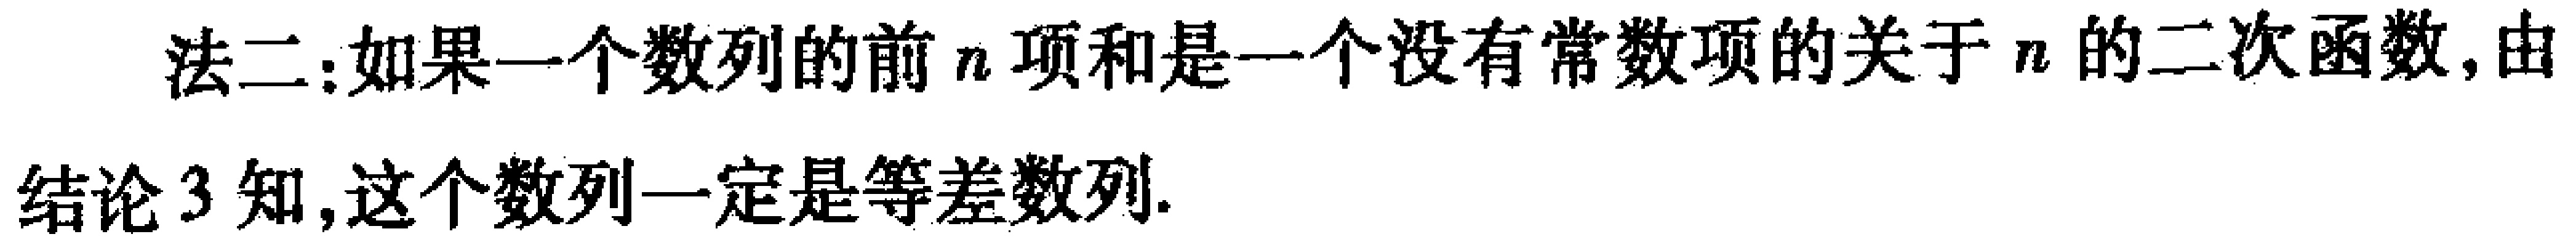
法二：如果一个数列的前\(n\)项和是一个没有常数项的关于\(n\)的二次函数，由
结论3知，这个数列一定是等差数列.